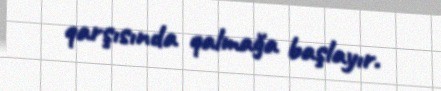
qarşısında qalmağa başlayır.